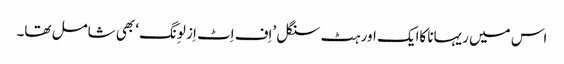
اس میں ریہانا کاایک اور ہٹ سنگل ’اِف اِٹ اِز لوِنگ‘ بھی شامل تھا۔